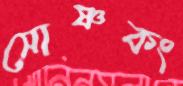
সোষ্ণকং